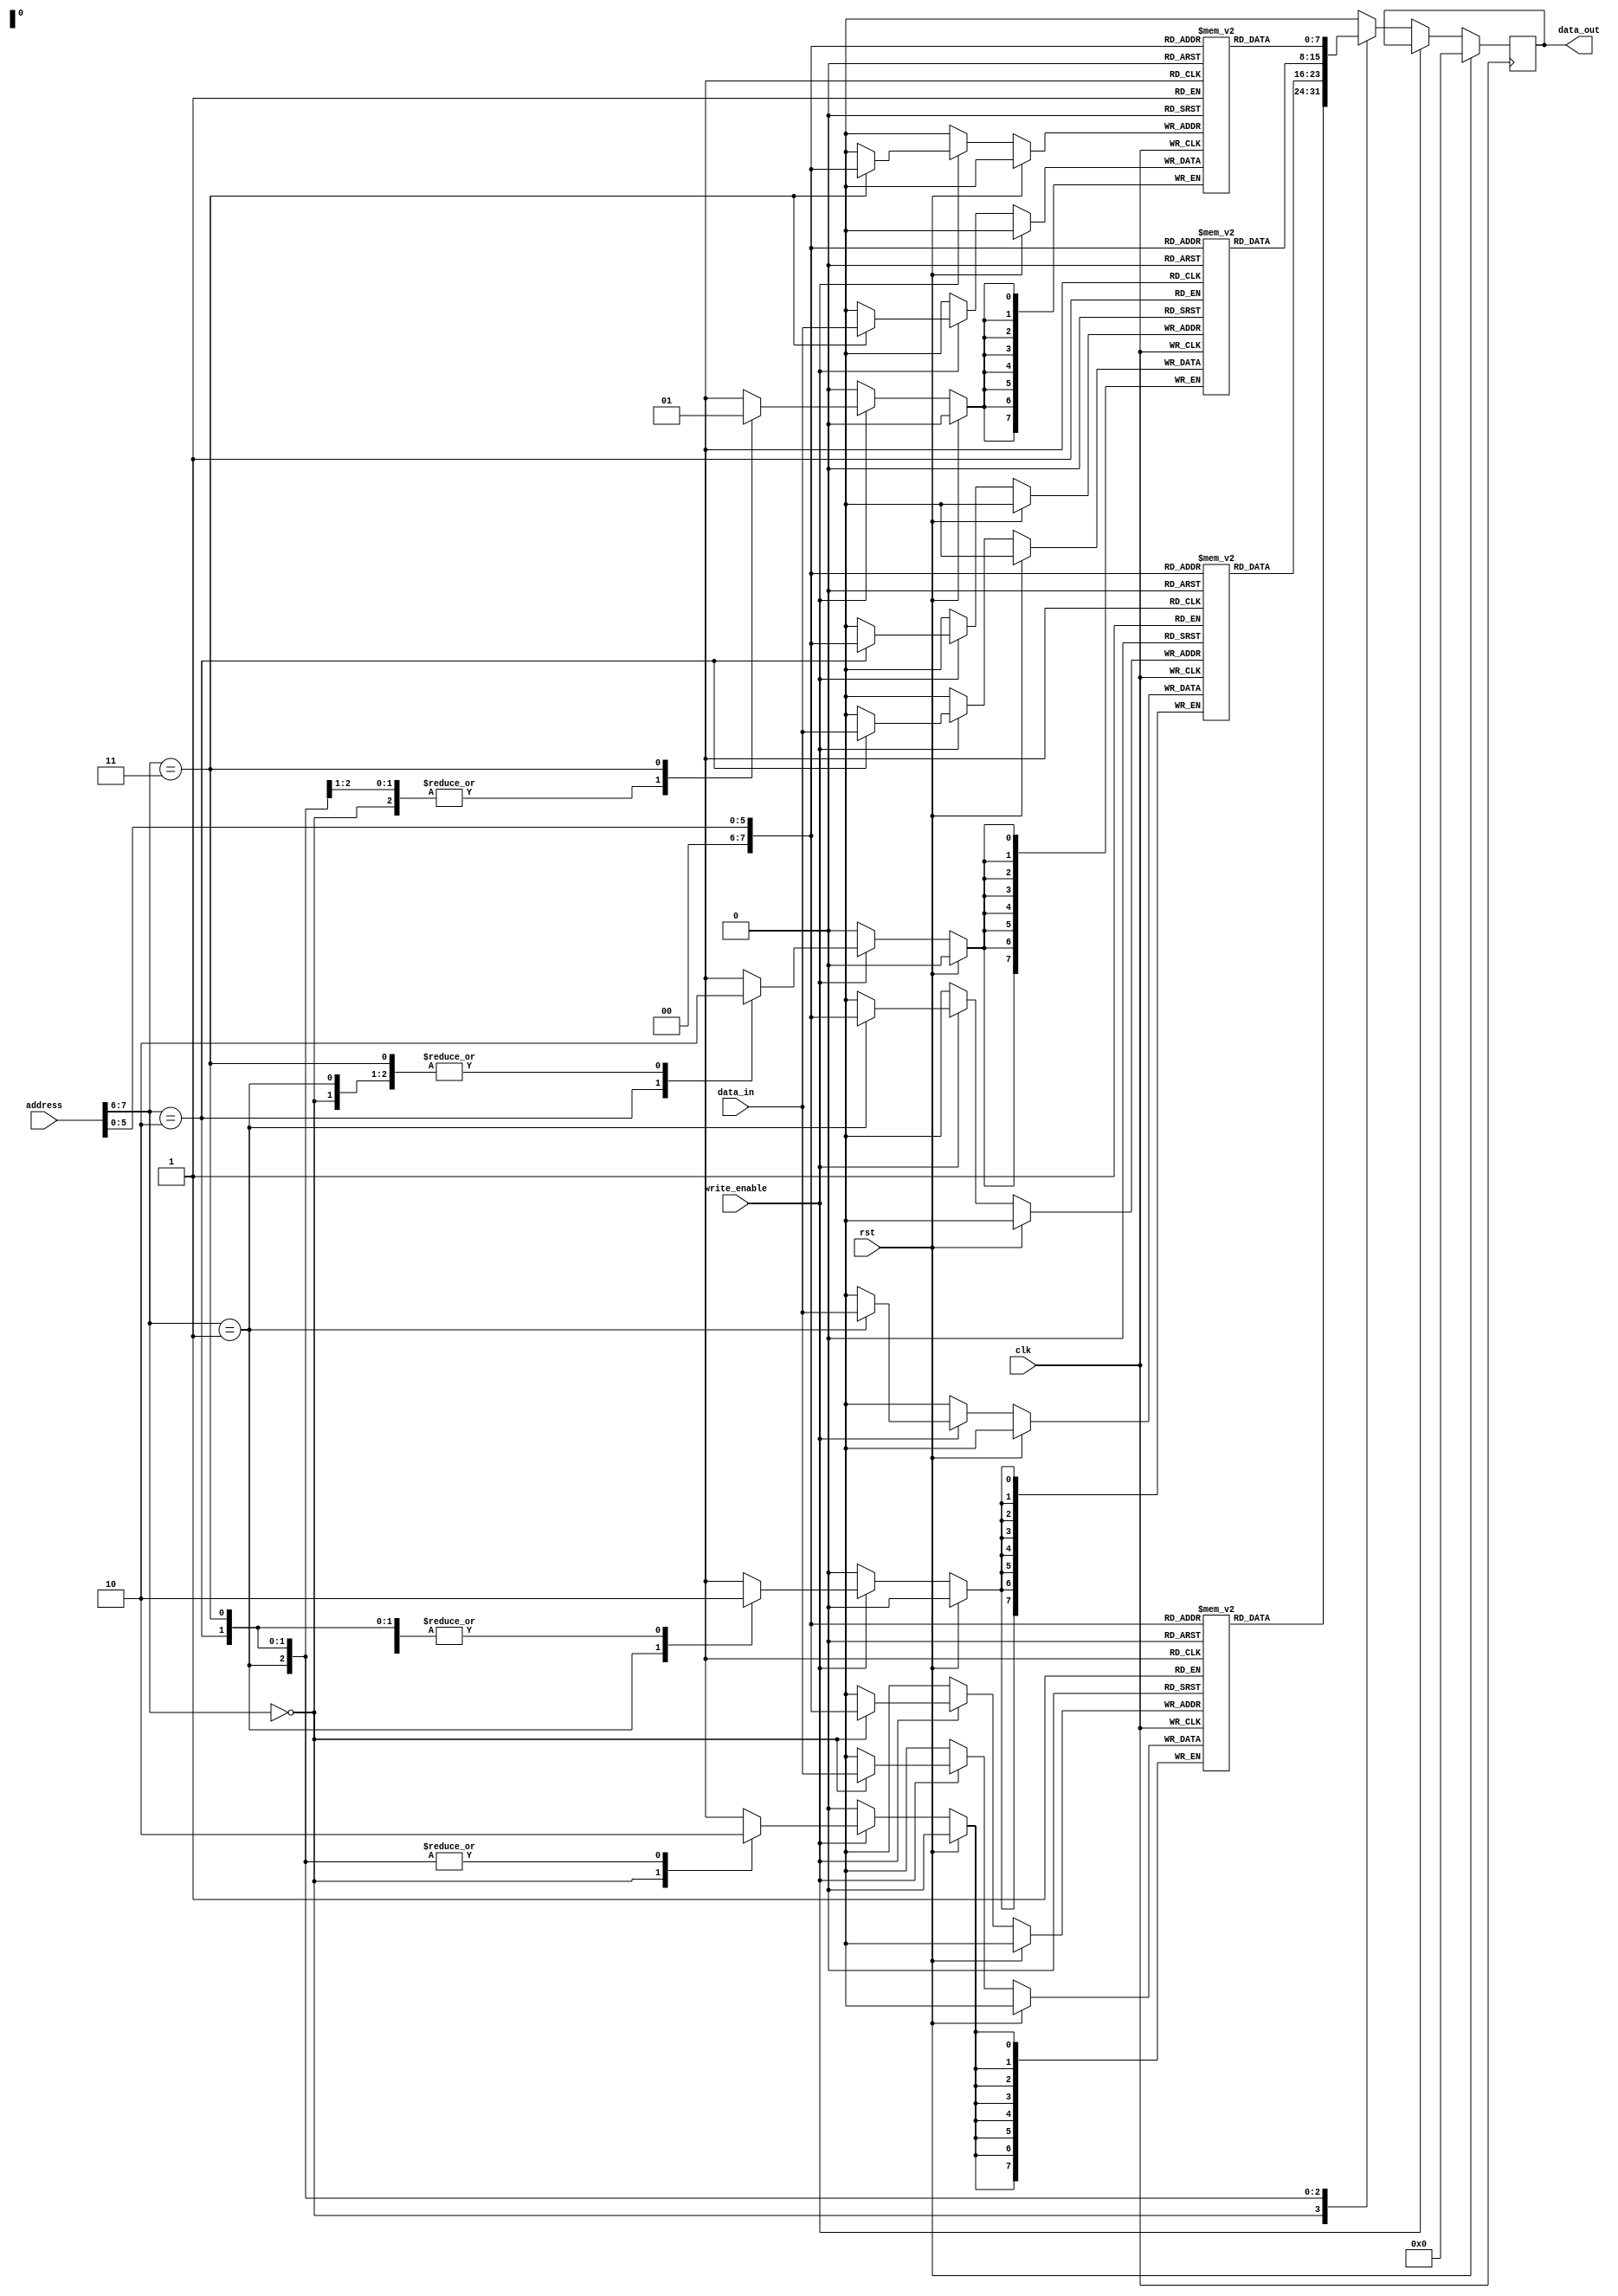
module QDR_SRAM (
    input wire clk,
    input wire rst,
    input wire [7:0] address,
    input wire [7:0] data_in,
    input wire write_enable,
    output reg [7:0] data_out
);

reg [7:0] memory_block_1 [0:255];
reg [7:0] memory_block_2 [0:255];
reg [7:0] memory_block_3 [0:255];
reg [7:0] memory_block_4 [0:255];

always @(posedge clk) begin
    if (rst) begin
        data_out <= 8'b0;
    end else begin
        if (write_enable) begin
            case(address[7:6])
                2'b00: memory_block_1[address[5:0]] <= data_in;
                2'b01: memory_block_2[address[5:0]] <= data_in;
                2'b10: memory_block_3[address[5:0]] <= data_in;
                2'b11: memory_block_4[address[5:0]] <= data_in;
            endcase
        end else begin
            case(address[7:6])
                2'b00: data_out <= memory_block_1[address[5:0]];
                2'b01: data_out <= memory_block_2[address[5:0]];
                2'b10: data_out <= memory_block_3[address[5:0]];
                2'b11: data_out <= memory_block_4[address[5:0]];
            endcase
        end
    end
end

endmodule